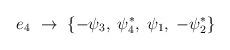
LaTeX: \begin{align*}{e_{4}}~\rightarrow ~\{-\psi _{3},\;\psi _{4}^{*},\;\psi _{1},\;-\psi_{2}^{*}\}\end{align*}